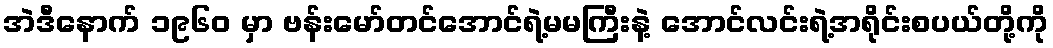
အဲဒီနောက် ၁၉၆၀ မှာ ဗန်းမော်တင်အောင်ရဲ့မမကြီးနဲ့ အောင်လင်းရဲ့အရိုင်းစပယ်တို့ကို